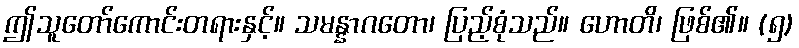
ဤသူတော်ကောင်းတရားနှင့်။ သမန္နာဂတော၊ ပြည့်စုံသည်။ ဟောတိ၊ ဖြစ်၏။ (၅)